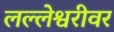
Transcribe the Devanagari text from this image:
लल्लेश्वरीवर